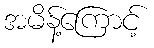
အမိန့်ကြောင့်